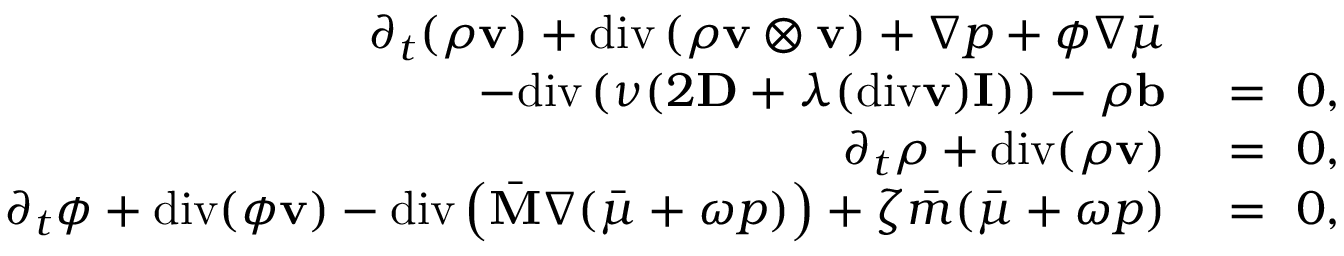
\begin{array} { r l } { \partial _ { t } ( \rho \mathbf { v } ) + \mathrm { d i v } \left( \rho \mathbf { v } \otimes \mathbf { v } \right) + \nabla p + \phi \nabla \bar { \mu } } & { { } } \\ { - \mathrm { d i v } \left( \nu ( 2 \mathbf { D } + \lambda ( \mathrm { d i v } \mathbf { v } ) \mathbf { I } ) \right) - \rho \mathbf { b } } & { { } = ~ 0 , } \\ { \partial _ { t } \rho + \mathrm { d i v } ( \rho \mathbf { v } ) } & { { } = ~ 0 , } \\ { \partial _ { t } \phi + \mathrm { d i v } ( \phi \mathbf { v } ) - \mathrm { d i v } \left( \bar { \mathbf { M } } \nabla ( \bar { \mu } + \omega p ) \right) + \zeta \bar { m } ( \bar { \mu } + \omega p ) } & { { } = ~ 0 , } \end{array}